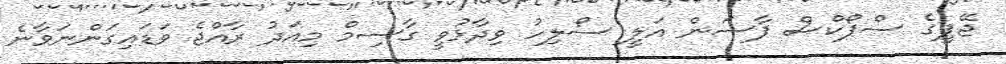
ޖޭޕީގެ ސްޕޯކްސް ޕާސަން އަލީ ސޯލިހު ވިދާޅުވީ ގާސިމް މިއަދު ރާއްޖެ ވަޑައިގަންނަވާނެ